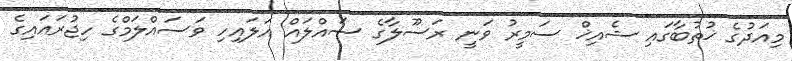
މިއަދުގެ ޚުތުބާގައި ޝެއިޚް ސަމީރު ވަނީ ރަސޫލާގެ ސައްލައް އަލައިހި ވަސައްލަމްގެ ހިޖުރައައިގެ